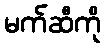
မက်ဆီကို